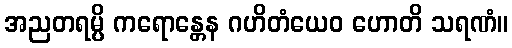
အညတရမ္ပိ ကရောန္တေန ဂဟိတံယေဝ ဟောတိ သရဏံ။